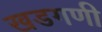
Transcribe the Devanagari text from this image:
खडगणी